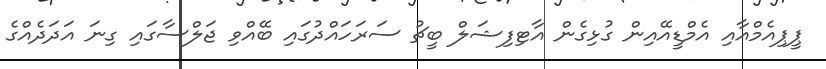
ޕީޕިއެމްއާއި އެމްޑީއޭއިން ގުޅިގެން އާޓިފިޝަލް ބީޗު ސަރަހައްދުގައި ބޭއްވި ޖަލްސާގައި ގިނަ އަދަދެއްގެ